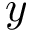
y